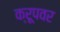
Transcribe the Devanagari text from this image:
क्रूपवर